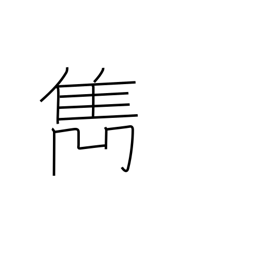
Meaning: excel